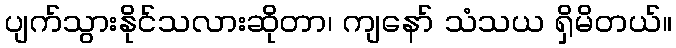
ပျက်သွားနိုင်သလားဆိုတာ၊ ကျနော် သံသယ ရှိမိတယ်။